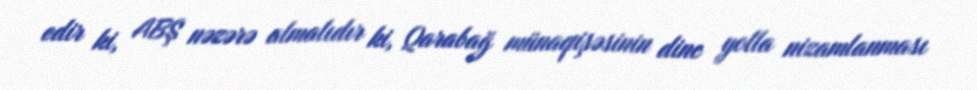
edir ki, ABŞ nəzərə almalıdır ki, Qarabağ münaqişəsinin dinc yolla nizamlanması